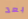
بعد